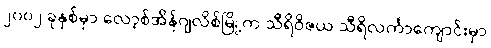
၂၀၀၂ ခုနှစ်မှာ လော့စ်အိန်ဂျလိစ်မြို့က သီရိဝိဇယ သီရိလင်္ကာကျောင်းမှာ